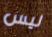
ليس